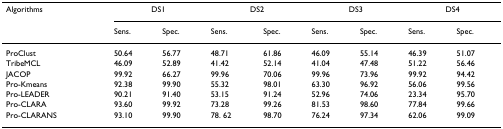
| Algorithms | <COLSPAN=2> DS1 | <COLSPAN=2> DS2 | <COLSPAN=2> DS3 | <COLSPAN=2> DS4 |
 |  | Sens. | Spec. | Sens. | Spec. | Sens. | Spec. | Sens. | Spec. |
 | --- | --- | --- | --- | --- | --- | --- | --- | --- |
 | ProClust | 50.64 | 56.77 | 48.71 | 61.86 | 46.09 | 55.14 | 46.39 | 51.07 |
 | TribeMCL | 46.09 | 52.89 | 41.42 | 52.14 | 41.04 | 47.48 | 51.22 | 56.46 |
 | JACOP | 99.92 | 66.27 | 99.96 | 70.06 | 99.96 | 73.96 | 99.92 | 94.42 |
 | Pro-Kmeans | 92.38 | 99.90 | 55.32 | 98.01 | 63.30 | 96.92 | 56.06 | 99.56 |
 | Pro-LEADER | 90.21 | 91.40 | 53.15 | 91.24 | 52.96 | 74.06 | 23.34 | 95.70 |
 | Pro-CLARA | 93.60 | 99.92 | 73.28 | 99.26 | 81.53 | 98.60 | 77.84 | 99.66 |
 | Pro-CLARANS | 93.10 | 99.90 | 78. 62 | 98.70 | 76.24 | 97.34 | 62.06 | 99.09 |